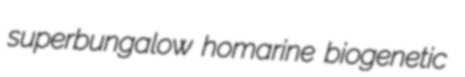
superbungalow homarine biogenetic